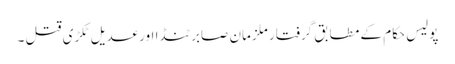
پولیس حکام کے مطابق گرفتار ملزمان صابر ٹنڈا اورعدیل ٹکڑی قتل ۔